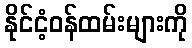
နိုင်ငံ့ဝန်ထမ်းများကို